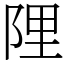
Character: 䧉